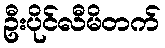
ဦးပိုင်လီမိတက်